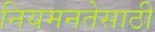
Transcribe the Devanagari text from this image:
नियमनतेसाठी